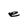
Character: e